Vital statistics of India. Vol. IV, Annual returns from 1871 to 1876. British Army of India, Native Army and jails of Bengal
Year: 1871
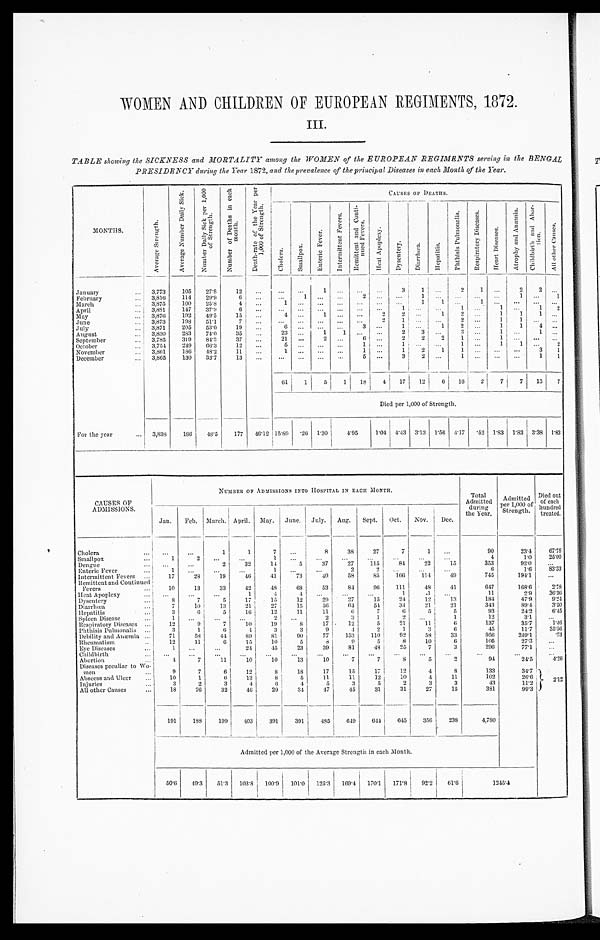
WOMEN AND CHILDREN OF EUROPEAN REGIMENTS, 1872.
III.
TABLE showing the SICKNESS and MORTALITY among the WOMEN of the EUROPEAN REGIMENTS serving in the BENGAL
PRESIDENCY during the Year 1872, and the prevalence of the principal Diseases in each Month of the Year.
MONTHS.
A v e r a g e S t r e n g t h .
A v e r a g e N u m b e r D a i l y S i c k .
N u m b e r D a i l y S i c k p e r 1 , 0 0 0 o f S t r e n g t h .
N u m b e r o f D e a t h s i n e a c h m o n t h .
D e a t h - r a t e o f t h e Y e a r p e r 1 , 0 0 0 o f S t r e n g t h .
C A U S E S O F D E A T H S .
C h o l e r a .
S m a l l p o x .
E n t e r i c F e v e r .
I n t e r m i t t e n t F e v e r s .
R e m i t t e n t a n d C o n t i n u e d F e v e r s .
H e a t A p o p l e x y .
D y s e n t e r y .
D i a r r h œ a .
H e p a t i t i s .
P h t h i s i s P u l m o n a l i s .
R e s p i r a t o r y D i s e a s e s .
H e a r t D i s e a s e s .
A t r o p h y a n d A n æ m i a . C h i l d b i r t h a n d A b o r t i o n .
A l l o t h e r C a u s e s .
January
3,773
105
27.8
12
...
...
...
1
. . . . . . ...
3
1
. . .
2
1 ...
2
2
. . .
February
3,816
114 29.9
6
...
. . .
1 ...
. . . 2
...
. . .
1
. . .
. . .
. . .
. . .
1 ...
1
March
3,875
100
25.8
4
. . .
1
... ...
. . . ...
...
. . .
1
1 ...
1 ...
. . .
...
...
April
3,881
147
37.9
6
. . .
...
. . . ...
...
. . .
...
1
. . .
. . .
1
. . . 1 ...
1
2
May
3,876
192
49.5
15
...
4 ...
1
. . . . . .
2
2
. . .
1
2 . . .
1
1
1
. . .
June
3,873
198
51.1
7
. . .
. . .
. . . ...
. . .
. . .
2
1 ...
...
2 . . .
1
1
. . .
. . .
July
3,871
205
53.0
19
. . .
6 ...
...
. . . 3 ...
1 ...
1
2 . . .
1
1
4 . . .
August
3,830
283
74.0
35 . . .
23
...
1
1
. . . ...
2
3
. . . 3 . . .
1
. . .
1
. . .
September
3,785
319
84.3
37
. . .
21 ... 2
...
6
...
2
2
2
1 . . .
1 ...
...
...
October
3,754
249
66.3
12
...
5 ... ...
... 1 ...
1 ...
...
1 . . .
1
1 ...
2
November
3,861
186 48.2
11
...
1 ... ...
...
1
...
1
2
1
1 . . .
. . .
. . . 3
1
December
3,865
130
33.7
13
. . .
. . .
. . . ...
...
5
. . .
3
2
. . .
1 ...
. . .
. . .
1
1
61
1
5
1
1 8 4
17
12
6
16 2
7 7
13
7
Died per 1,000 of Strength.
For the year
3,838
186
48.5
177 46.12 15.89
. 2 6 1.30 4.95
1.04 4.43 3.13 1.56 4.17 .52 1.83 1.83 3.38 1.83
CAUSES OF
ADMISSIONS.
NUMBER OF ADMISSIONS INTO HOSPITAL IN EACH MONTH.
Total
Admitted
during
the Year.
Admitted
per 1,000 of
Strength.
Died out
of each
hundred
treated.
Jan.
Feb. March. April. May. June. July. Aug. Sept. Oct.
Nov.
Dec.
Cholera
. . .
. . .
1
1
7
. . .
8
38
27
7
1
...
90
23.4
67. 78
Smallpox
1
2 ...
...
1
...
...
...
...
...
. . .
...
4
1.0
25. 00
Dengue
. . .
...
2
32
14
5
37
27
115
84
22
15
353
92.0
. . .
Enteric Fever
1
. . .
...
...
1
. . . ...
2
2
. . .
. . . ...
6
1.6
83. 33
Intermittent Fevers
17
28
19
46
41
73
49
58
85
166
114
49
745
194.1
...
Remittent and Continued
Fevers
10
13
33
42
48
68
53
84
96
111
48
41
647
168.6
2. 78
Heat Apoplexy ...
...
...
1
4
4
...
...
. . .
1
1
...
11
2.9
36. 36
Dysentery
8
7
5
17
15
12
29
27
15
24
12
13
184
47.9
9. 24
Diarrhœa
7
10
13
21
27
15
56
64
54
34
2 1
21
343
89.4
3. 50
Hepatitis
3
6
5
16
12
11
11
6
7
6
5
5
93
24.2
6. 45
Spleen Disease
1
. . . ...
...
2
. . .
2
3
1
2
. . .
1
12
3.1
...
Respiratory Diseases
12
9
7
10
19
8
17
12
5
21
11
6
137
35.7
1. 46
Phthisis Pulmonalis
3
1
6
4
3
3
9
4
2
1
3
6
45
11.7
35. 56
Debility and Anæmia
71
58
44
89
81
90
77
153
110
92
58
33
956
249.1
.73
Rheumatism
12
11
6
15
10
5
8
9
5
8
10
6
105
27.3
...
Eye Diseases
1
. . . ...
24
45
23
39
81
48
25
7
3
296
77.1
...
Childbirth
...
. . . ...
...
...
. . .
...
...
...
...
...
. . .
. . .
. . .
. . .
Abortion
4
7
11
10
10
13
10
7
7
8
5
2
94
24.5
4.26
Diseases peculiar to Wo
men
9
7
6
12
8
18
17
15
17
12
4
8
133
34.7
2 . 1 2
Abseess and Ulcer
10
1
6
13
8
5
11
11
12
10
4
11
102
26.6
Injuries
3
2
3
4
6
4
5
3
5
2
3
3
43
11.2
All other Causes
18
26
32
46
29
34
47
45
31
31
27
15
381
99.3
191
188
199
403
391
391
485
649
644
645
356
238
4,780
Admitted per 1,000 of the Average Strength in each Month.
50.6 49.3 51.3
103.8 100.9 101.0 125.3 169.4 170.1 171.8 92.2
61.6
1245.4